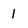
Character: 1